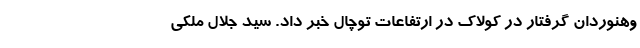
وهنوردان گرفتار در کولاک در ارتفاعات توچال خبر داد. سید جلال ملکی